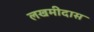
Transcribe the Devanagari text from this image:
लखमीदास